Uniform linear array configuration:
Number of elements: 48
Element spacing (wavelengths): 0.5
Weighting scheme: hamming
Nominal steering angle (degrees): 15
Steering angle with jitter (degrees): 16.142
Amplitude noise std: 0.05
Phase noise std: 0.05

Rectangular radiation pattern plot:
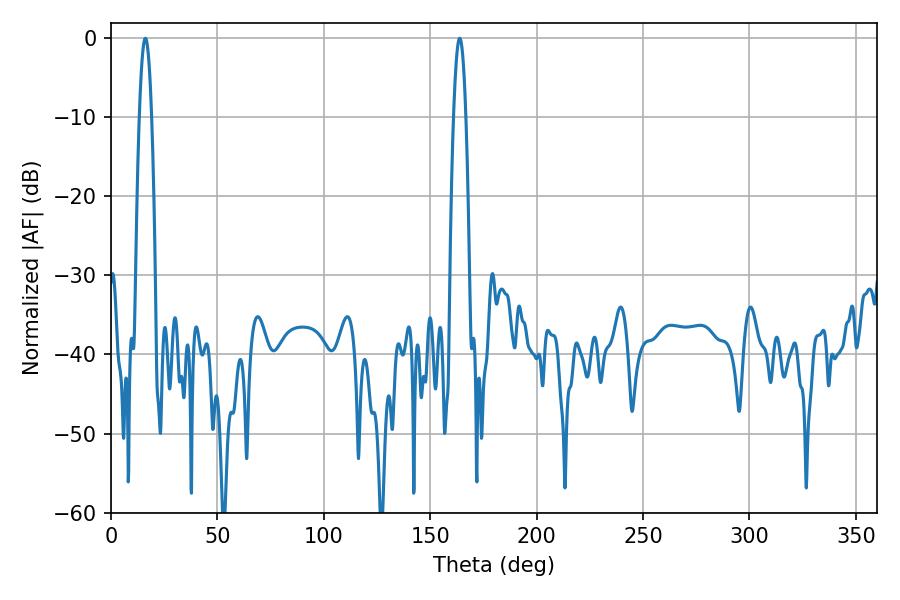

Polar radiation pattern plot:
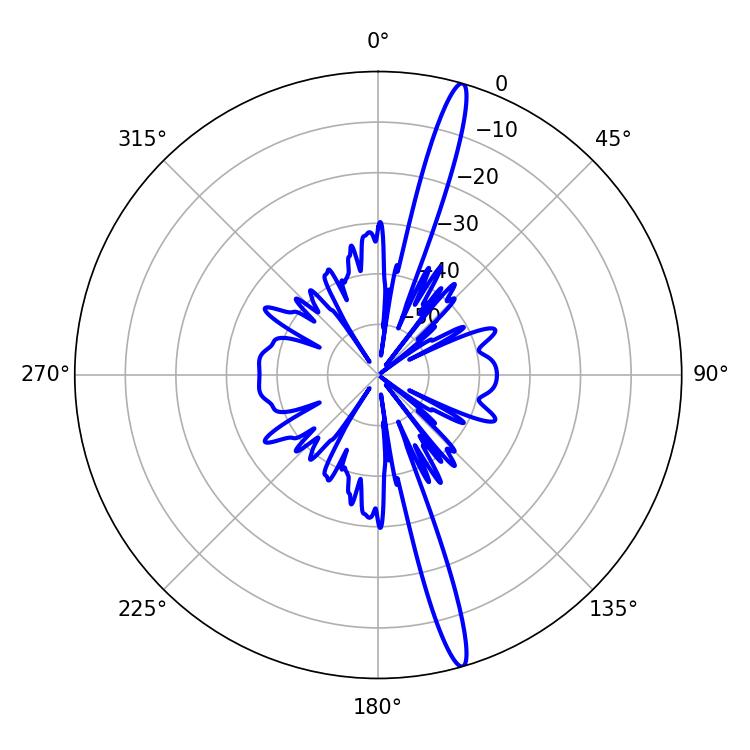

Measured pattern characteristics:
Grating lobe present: FALSE
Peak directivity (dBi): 17.754
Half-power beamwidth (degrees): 3.06
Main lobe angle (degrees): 16.2